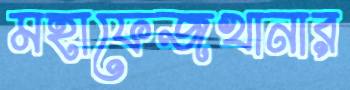
মহাফেজখানার